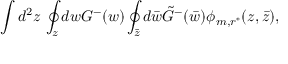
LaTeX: \int d ^ { 2 } z \, \oint _ { z } d w G ^ { - } ( w ) \oint _ { \bar { z } } d \bar { w } \tilde { G } ^ { - } ( \bar { w } ) \phi _ { m , r ^ { * } } ( z , \bar { z } ) ,